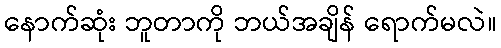
နောက်ဆုံး ဘူတာကို ဘယ်အချိန် ရောက်မလဲ။